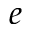
e